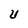
Character: U